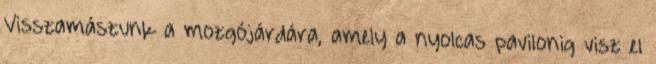
Visszamászunk a mozgójárdára, amely a nyolcas pavilonig visz el